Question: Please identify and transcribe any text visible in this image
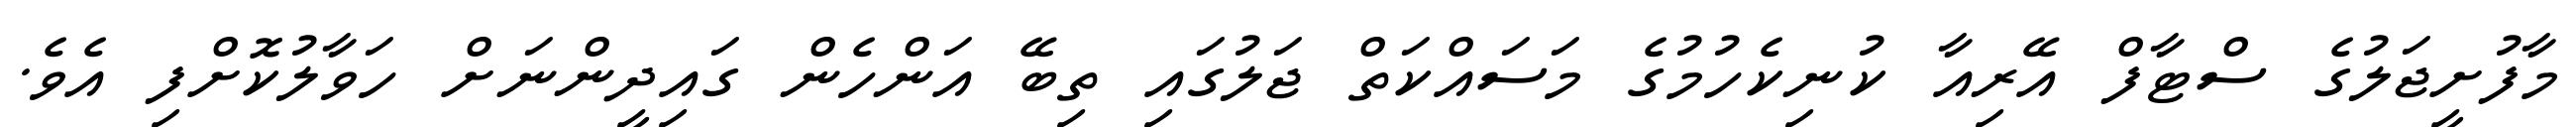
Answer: މާފުށީޖަލުގެ ސްޓާފް އޭރިއާ ކުނިކެހުމުގެ މަސައްކަތް ޖަލުގައި ތިބޭ އަންހެން ގައިދީންނަށް ހަވާލުކޮށްފި އެވެ.